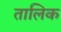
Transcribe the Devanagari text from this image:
तालिक